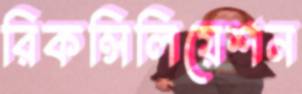
রিকন্সিলিয়েশন